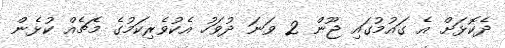
ދެކޮޅަށް އެ ގައުމުގައި ޖޫން 2 ވަނަ ދުވަހު އެކުވެރިކަމުގެ މެޗެއް ކުޅެން